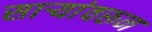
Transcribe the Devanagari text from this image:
साऱ्यांवरून